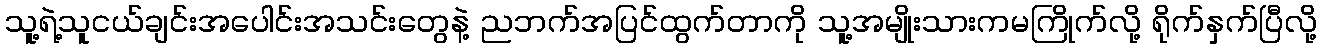
သူ့ရဲ့သူငယ်ချင်းအပေါင်းအသင်းတွေနဲ့ ညဘက်အပြင်ထွက်တာကို သူ့အမျိုးသားကမကြိုက်လို့ ရိုက်နှက်ပြီလို့